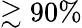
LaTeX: \gtrsim 90\%